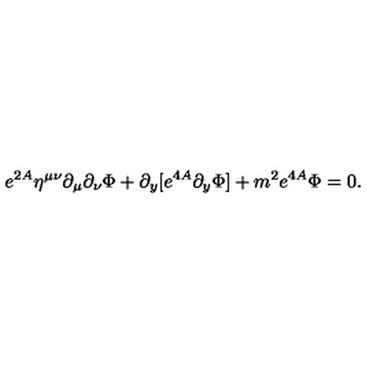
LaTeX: e ^ { 2 A } \eta ^ { \mu \nu } \partial _ { \mu } \partial _ { \nu } \Phi + \partial _ { y } [ e ^ { 4 A } \partial _ { y } \Phi ] + m ^ { 2 } e ^ { 4 A } \Phi = 0 .